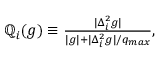
\begin{array} { r } { \mathbb { Q } _ { i } ( g ) \equiv \frac { | \Delta _ { i } ^ { 2 } g | } { | g | + | \Delta _ { i } ^ { 2 } g | / q _ { m a x } } , } \end{array}